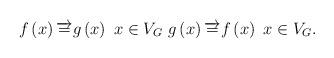
LaTeX: \begin{align*}f\left( x\right) \overrightarrow{=}g\left( x\right) \ x\in V_{G}\ g\left( x\right) \overrightarrow{=}f\left( x\right) \ x\in V_{G}. \end{align*}